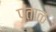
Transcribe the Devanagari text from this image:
पताळ